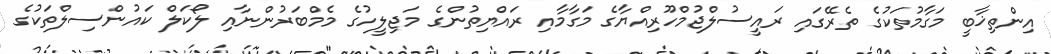
އިންތިޚާބީ މަގާމުތަކުގެ ތެރޭގައި ރައީސުލްޖުމްހޫރިއްޔާގެ މަގާމާއި ރައްޔިތުންގެ މަޖިލީހުގެ މެމްބަރުންނާއި ލޯކަލް ކައުންސިލްތަކުގެ